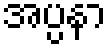
အပ္ပနာ